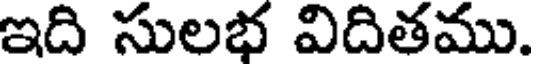
ఇది సులభ విదితము.